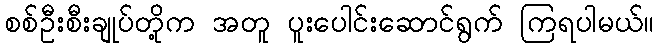
စစ်ဦးစီးချုပ်တို့က အတူ ပူးပေါင်းဆောင်ရွက် ကြရပါမယ်။